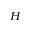
^ H